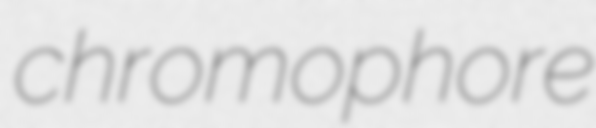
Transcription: chromophore